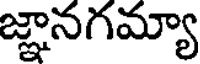
జ్ఞానగమ్యా